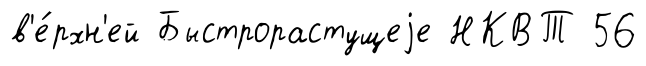
в'е́рхн'ей Быстрорастущеjе НКВТ 56